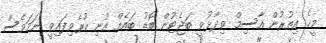
މީހެ އިތުރުން އާސިމް ވިދާޅުވީ ބަޖެޓުން ބޮޑު ބައެއް އުނި ކުރެވިފައިވީ ނަމަވެސް